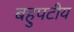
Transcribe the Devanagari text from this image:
बहुपटीय